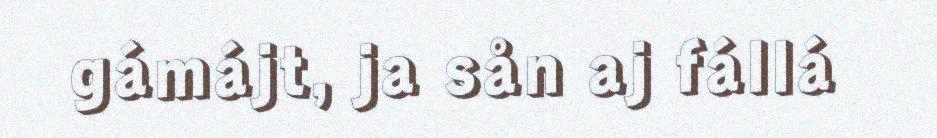
gámájt, ja sån aj fállá